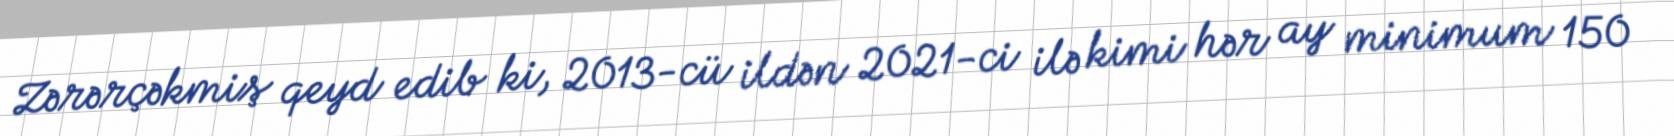
Zərərçəkmiş qeyd edib ki, 2013-cü ildən 2021-ci ilə kimi hər ay minimum 150